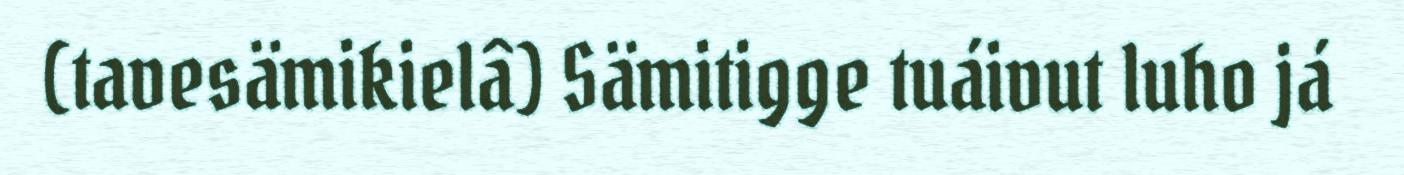
(tavesämikielâ) Sämitigge tuáivut luho já